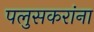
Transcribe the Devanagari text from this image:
पलुसकरांना